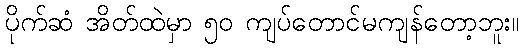
ပိုက်ဆံ အိတ်ထဲမှာ ၅၀ ကျပ်တောင်မကျန်တော့ဘူး။